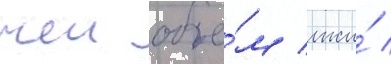
чеи объе́м лжи́ /